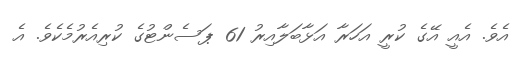
އެވެ. އެއީ އޭގެ ކުރީ އަހަރާ އަޅާބަލާއިރު 61 ޕަސެންޓުގެ ކުރިއެރުމެކެވެ. އެ